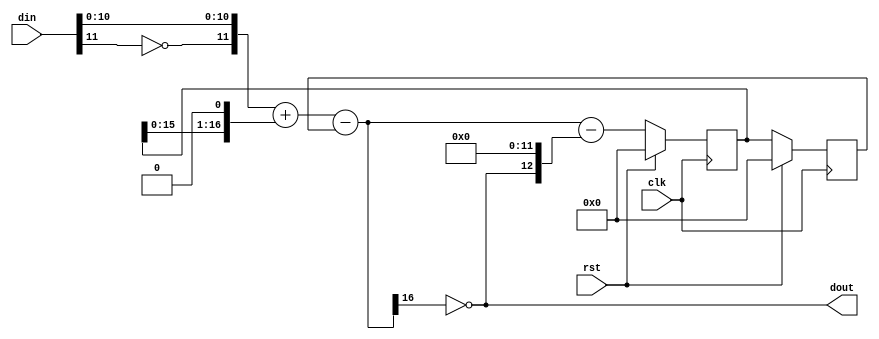
module jt12_dac2 #(parameter width=12)
(
	input	clk,
    input	rst,
    input	signed [width-1:0] din,
    output	reg dout
);

localparam int_w = width+5;

reg [int_w-1:0] y, error, error_1, error_2;

wire [width-1:0] undin = { ~din[width-1], din[width-2:0] };

always @(*) begin
	y = undin + { error_1, 1'b0} - error_2;
	dout = ~y[int_w-1];
	error = y - {dout, {width{1'b0}}};
end

always @(posedge clk)
	if( rst ) begin
		error_1 <= {int_w{1'b0}};
		error_2 <= {int_w{1'b0}};
	end else begin
		error_1 <= error;
		error_2 <= error_1;
	end

endmodule